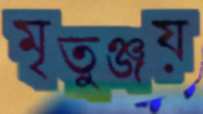
মৃতুঞ্জয়